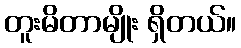
တူးမိတာမျိုး ရှိတယ်။